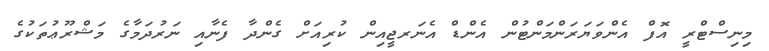
މިނިސްޓްރީ އޮފް އެންވަޔަރަންމަންޓުން އެންޑް އެނަރޖީއިން ކުރިއަށް ގެންދާ ފެނާއި ނަރުދަމާގެ މަޝްރޫޢުތަކުގެ